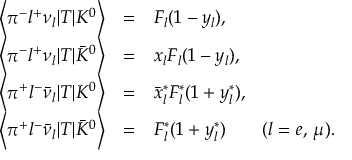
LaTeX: \begin{array} { r c l } { { \left< \pi ^ { - } l ^ { + } \nu _ { l } | T | K ^ { 0 } \right> } } & { { = } } & { { F _ { l } ( 1 - y _ { l } ) , } } \\ { { \left< \pi ^ { - } l ^ { + } \nu _ { l } | T | \bar { K } ^ { 0 } \right> } } & { { = } } & { { x _ { l } F _ { l } ( 1 - y _ { l } ) , } } \\ { { \left< \pi ^ { + } l ^ { - } \bar { \nu } _ { l } | T | K ^ { 0 } \right> } } & { { = } } & { { \bar { x } _ { l } ^ { * } F _ { l } ^ { * } ( 1 + y _ { l } ^ { * } ) , } } \\ { { \left< \pi ^ { + } l ^ { - } \bar { \nu } _ { l } | T | \bar { K } ^ { 0 } \right> } } & { { = } } & { { F _ { l } ^ { * } ( 1 + y _ { l } ^ { * } ) \quad \quad ( l = e , \, \mu ) . } } \end{array}